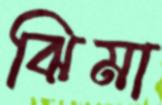
ঝিমা